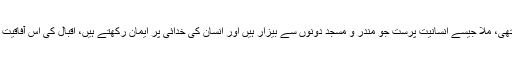
ہندوستان کی قومی تحریک کے دوش بدوش ایک تحریک مسلمانوں کے مذہبی احیا کی بھی چل رہی تھی، ملّا جیسے انسانیت پرست جو مندر و مسجد دونوں سے بیزار ہیں اور انسان کی خدائی پر ایمان رکھتے ہیں، اقبال کی اس آفاقیت کو جب مذہبیت اور مذہبی تحریکوں میں گھرا ہوا دیکھتے ہیں تو وہ اقبال سے ہی بیزار ہو جاتے ہیں۔